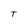
Character: T